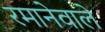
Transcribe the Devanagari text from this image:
रमानेवाले